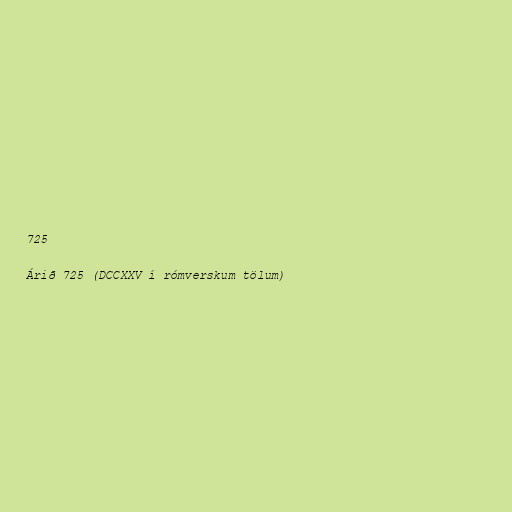
725

Árið 725 (DCCXXV í rómverskum tölum)